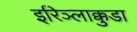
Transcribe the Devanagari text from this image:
इरिञ्लाक्कुडा